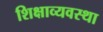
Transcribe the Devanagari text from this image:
शिक्षाव्यवस्था